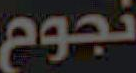
نجوم